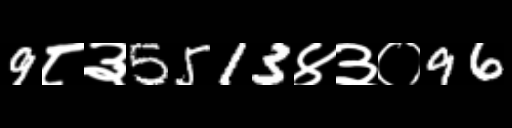
Text: 9८३5513४३०96